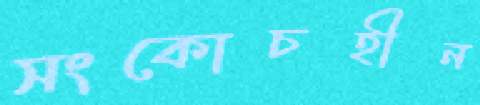
সংকোচহীন